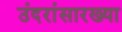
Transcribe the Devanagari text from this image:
उंदरांसारख्या